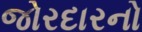
જોરદારનો